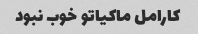
کارامل ماکیاتو خوب نبود